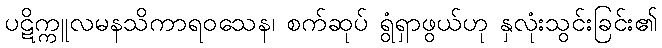
ပဋိက္ကူလမနသိကာရဝသေန၊ စက်ဆုပ် ရွံရှာဖွယ်ဟု နှလုံးသွင်းခြင်း၏